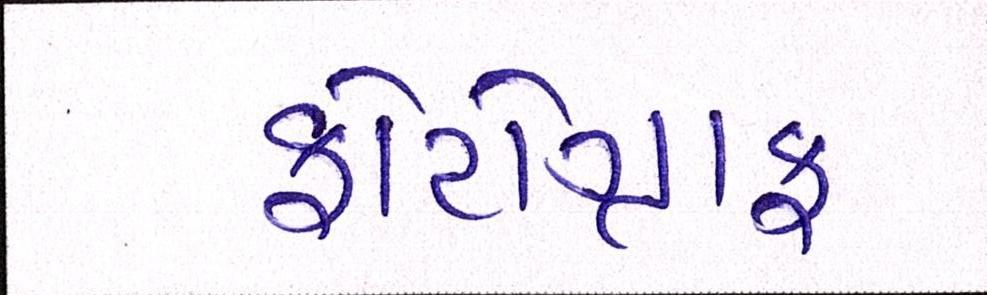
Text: ફોટોગ્રાફ